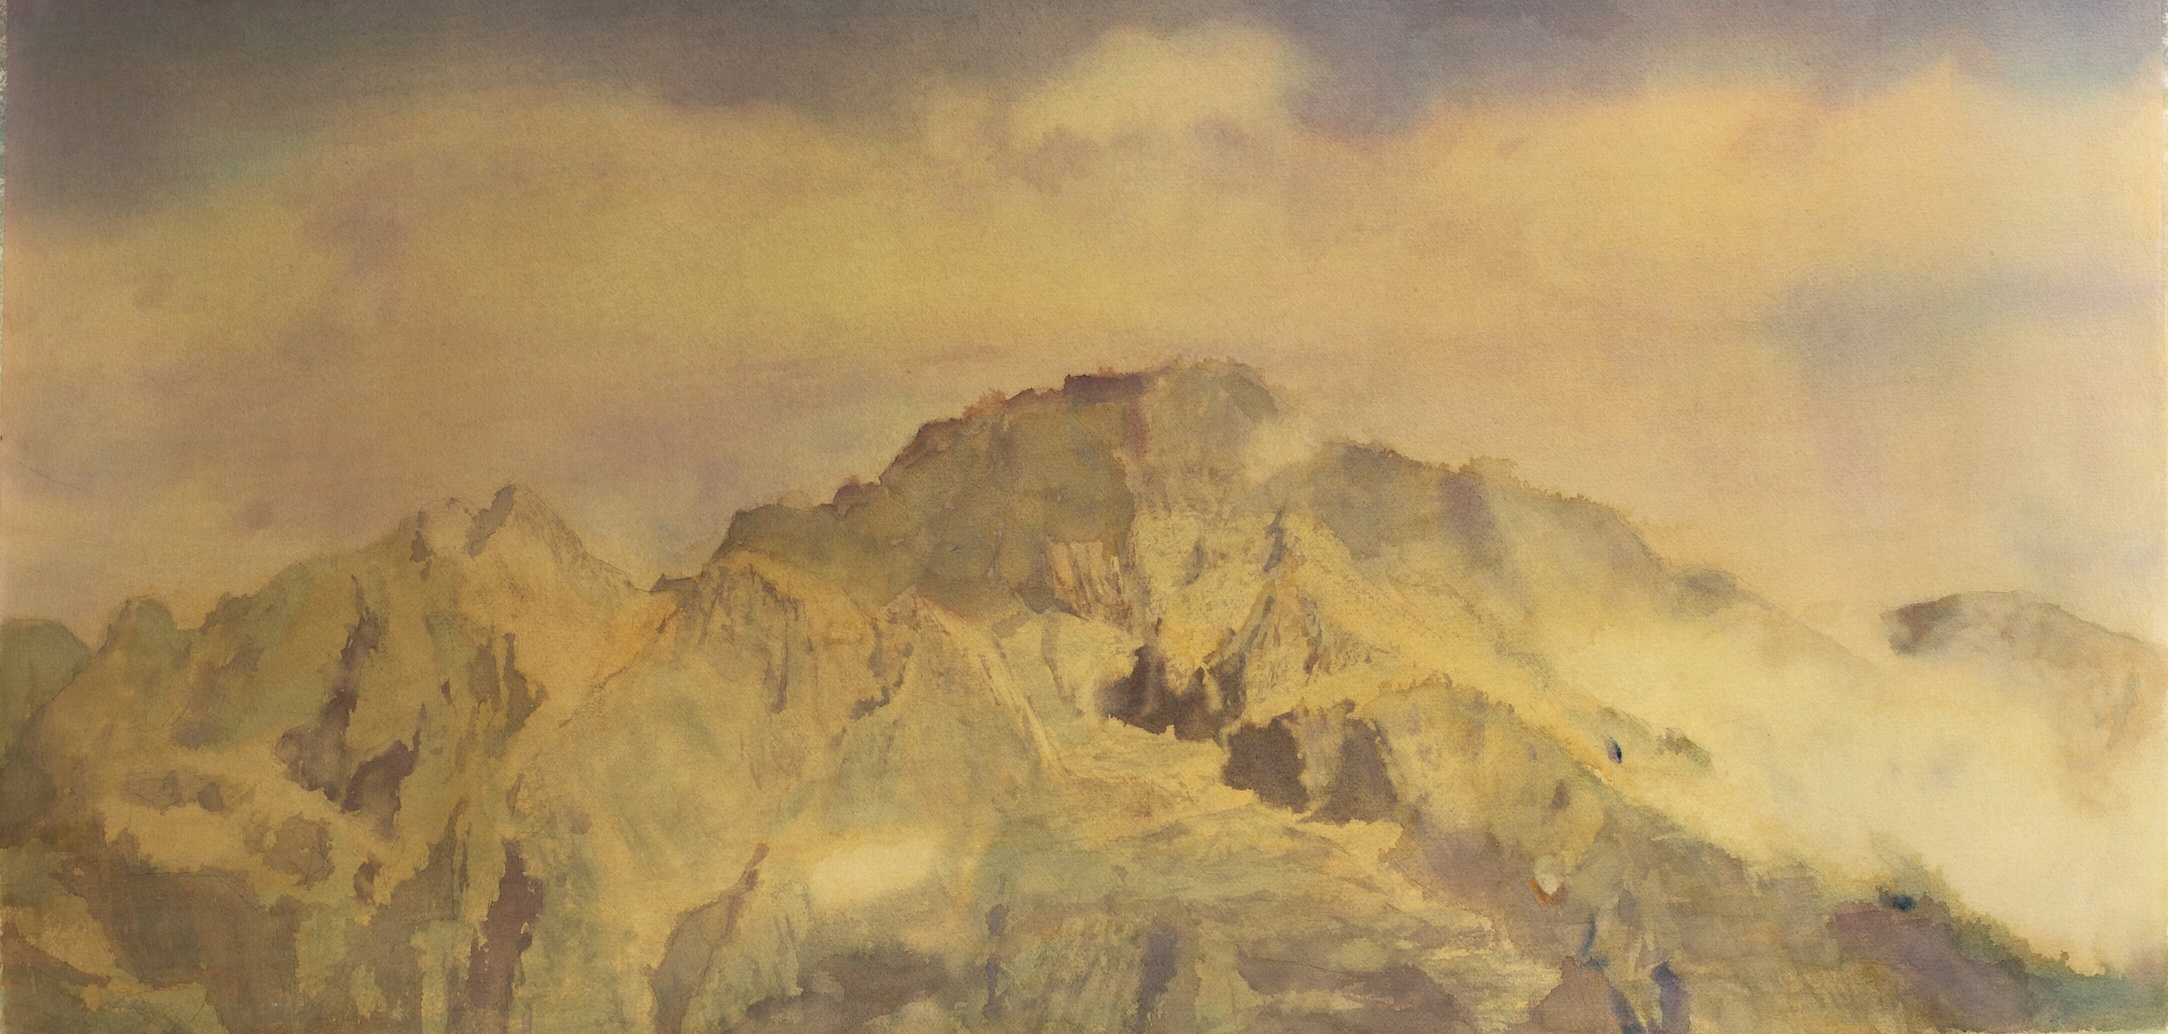
平明日出东南地，满碛寒光生铁衣。